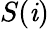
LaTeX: S(\mathit{i})